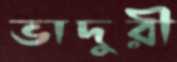
ভাদুরী